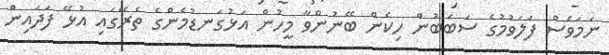
ނަމަވެސް ފަލަވުމުގެ ސަބަބުން ހިކެން ބޭނުންވާ މީހުން އަޅުގަނޑުމެންގެ ތެރޭގައި އުޅޭ ފަދައިން